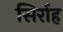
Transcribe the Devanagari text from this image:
सिर्राह